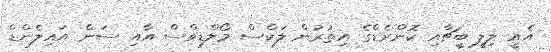
އެއީ ލިލީ ބީޗާއި ކޮންރެޑްގެ އިތުރުން ލަކްސް މޯލްޑިވްސް އާއި ސަން އައިލެންޑް